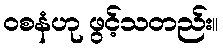
ဝစနံဟု ဖွင့်သတည်း။